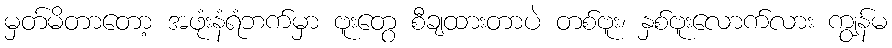
မှတ်မိတာတော့ အဖုံးနံရံဘက်မှာ ဗူးတွေ စီချထားတာပဲ တစ်ဗူး၊ နှစ်ဗူးလောက်လား ကျွန်မ